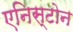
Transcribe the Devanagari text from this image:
एनिस्टोन